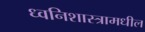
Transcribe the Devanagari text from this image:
ध्वनिशास्त्रामधील